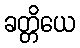
ခတ္တိယေ